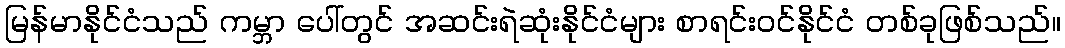
မြန်မာနိုင်ငံသည် ကမ္ဘာ ပေါ်တွင် အဆင်းရဲဆုံးနိုင်ငံများ စာရင်းဝင်နိုင်ငံ တစ်ခုဖြစ်သည်။